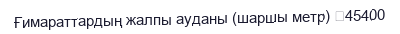
Ғимараттардың жалпы ауданы (шаршы метр) 	45400